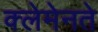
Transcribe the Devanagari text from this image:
क्लेमेनते